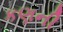
કણની